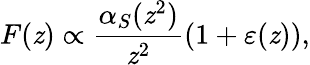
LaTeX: F(\mathit{z})\propto{\frac{{\alpha_{S}(\mathit{z}^{2})}}{{\mathit{z}^{2}}}}(1+\varepsilon(\mathit{z})),